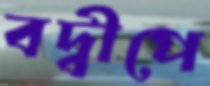
বদ্বীপে